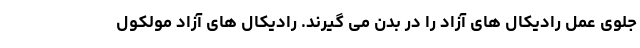
جلوی عمل رادیکال های آزاد را در بدن می گیرند. رادیکال های آزاد مولکول